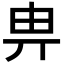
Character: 畁